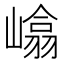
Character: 嶖